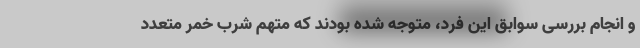
و انجام بررسی‌ سوابق این فرد، متوجه شده بودند که متهم شرب خمر‌ متعدد